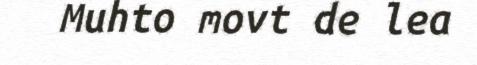
Muhto movt de lea